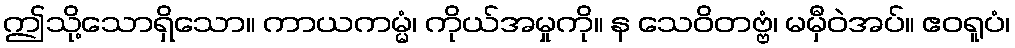
ဤသို့သောရှိသော။ ကာယကမ္မံ၊ ကိုယ်အမှုကို။ န သေဝိတဗ္ဗံ၊ မမှီဝဲအပ်။ ဧဝရူပံ၊